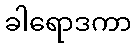
ခါရောဒကာ